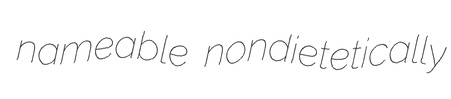
nameable nondietetically